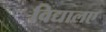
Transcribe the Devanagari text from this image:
विद्यालए